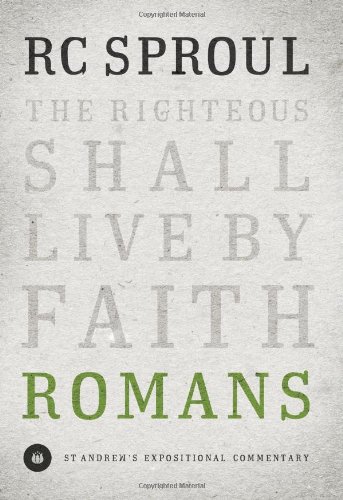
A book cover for Romans (St. Andrew's Expositional Commentary); R. C. Sproul; Christian Books & Bibles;